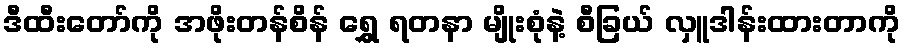
ဒီထီးတော်ကို အဖိုးတန်စိန် ရွှေ ရတနာ မျိုးစုံနဲ့ စီခြယ် လှူဒါန်းထားတာကို